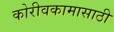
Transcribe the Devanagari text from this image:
कोरीवकामासाठी